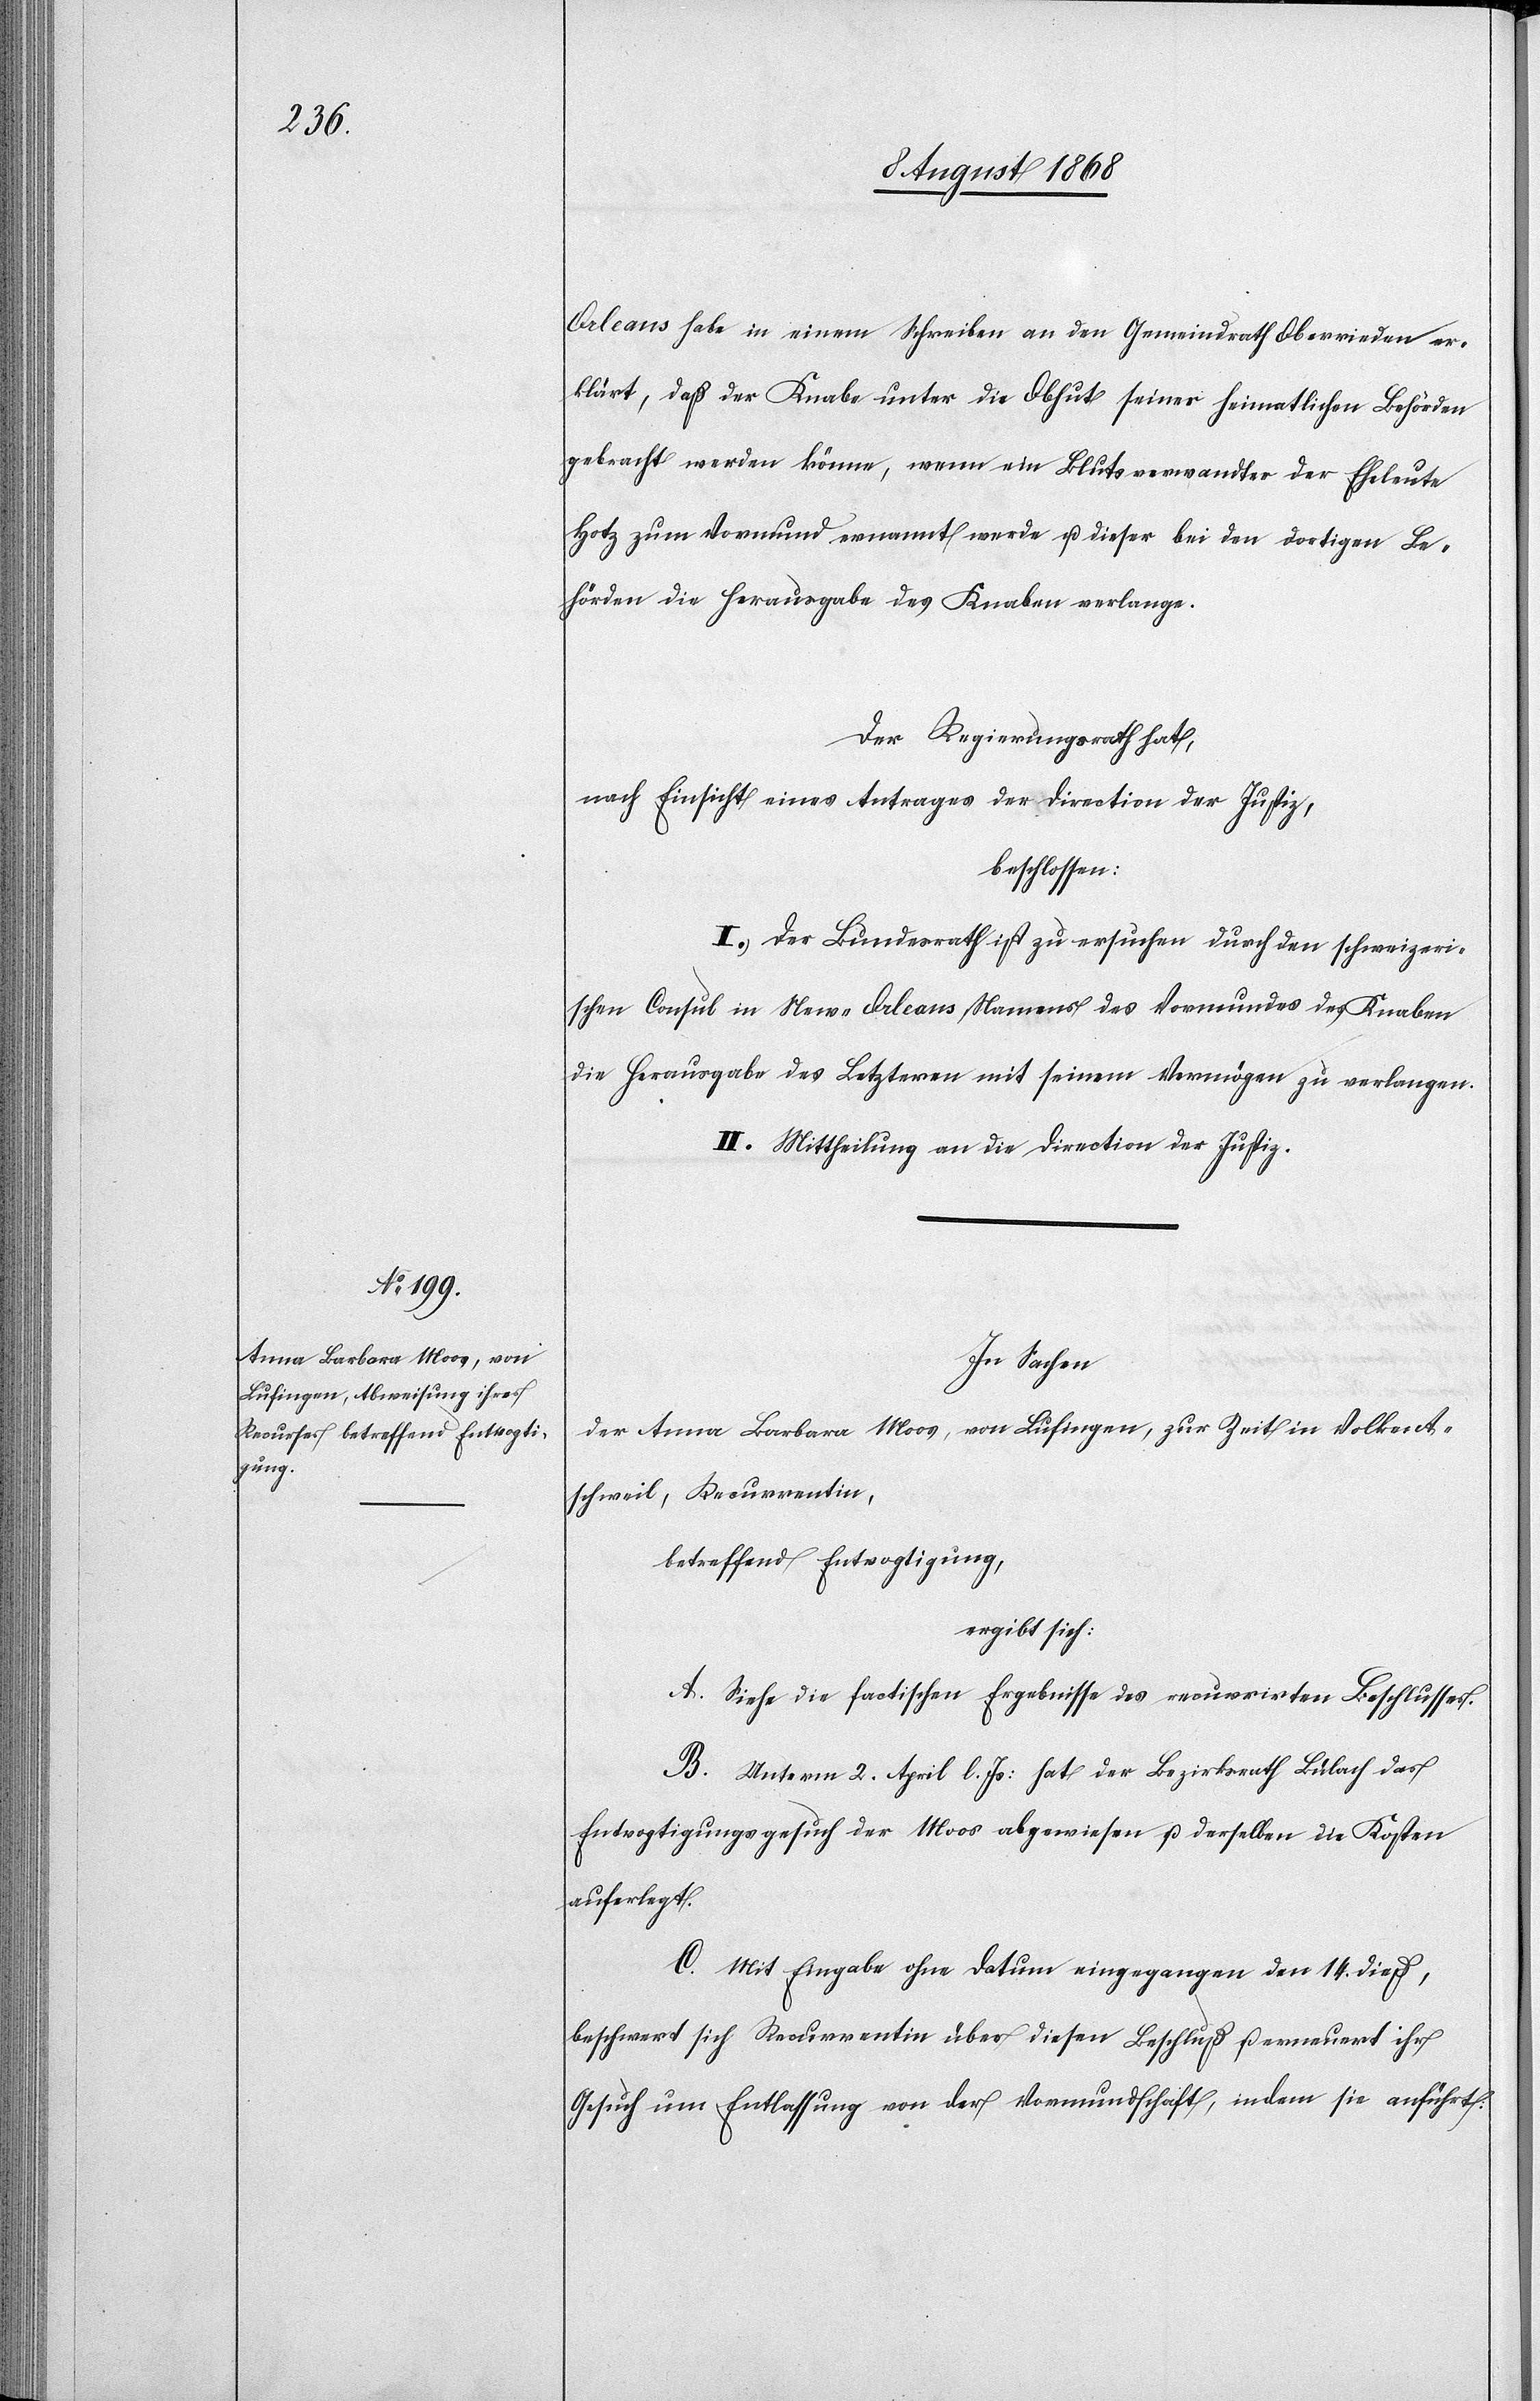
Orleans habe in einem Schreiben an den Gemeindrath Oberrieden er¬
klärt, daß der Knabe unter die Obhut seiner heimatlichen Behörden
gebracht werden könne, wenn ein Blutsverwandter der Eheleute
Hotz zum Vormund ernannt werde u. dieser bei den dortigen Be¬
hörden die Herausgabe des Knaben verlange.
Der Regierungsrath hat,
nach Einsicht eines Antrages der Direction der Justiz,
beschlossen:
I. Der Bundesrath ist zu ersuchen durch den schweizeri¬
schen Consul in New-Orleans Namens des Vormundes des Knaben
die Herausgabe des Letzteren mit seinem Vermögen zu verlangen.
II. Mittheilung an die Direction der Justiz.
In Sachen
der Anna Barbara Moos, von Lufingen, zur Zeit in Volkent¬
schweil, Recurrentin,
betreffend Entvogtigung,
ergibt sich:
A. Siehe die factischen Ergebnisse des recurrirten Beschlusses.
B. Unterm 2. April l. Js: hat der Bezirksrath Bülach das
Entvogtigungsgesuch der Moos abgewiesen u. derselben die Kosten
auferlegt.
C. Mit Eingabe ohne Datum eingegangen den 14. dieß,
beschwert sich Recurrentin über diesen Beschluß u. erneuert ihr
Gesuch um Entlassung von der Vormundschaft, indem sie anführt: